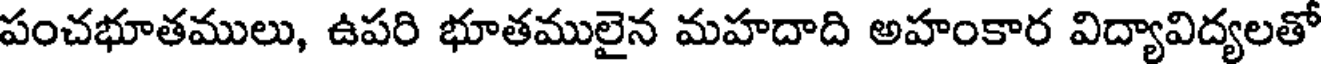
పంచభూతములు, ఉపరి భూతములైన మహదాది అహంకార విద్యావిద్యలతో